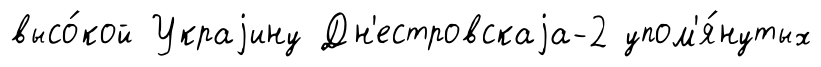
высо́кой Украjину Дн'естровскаjа-2 упом'я́нутых